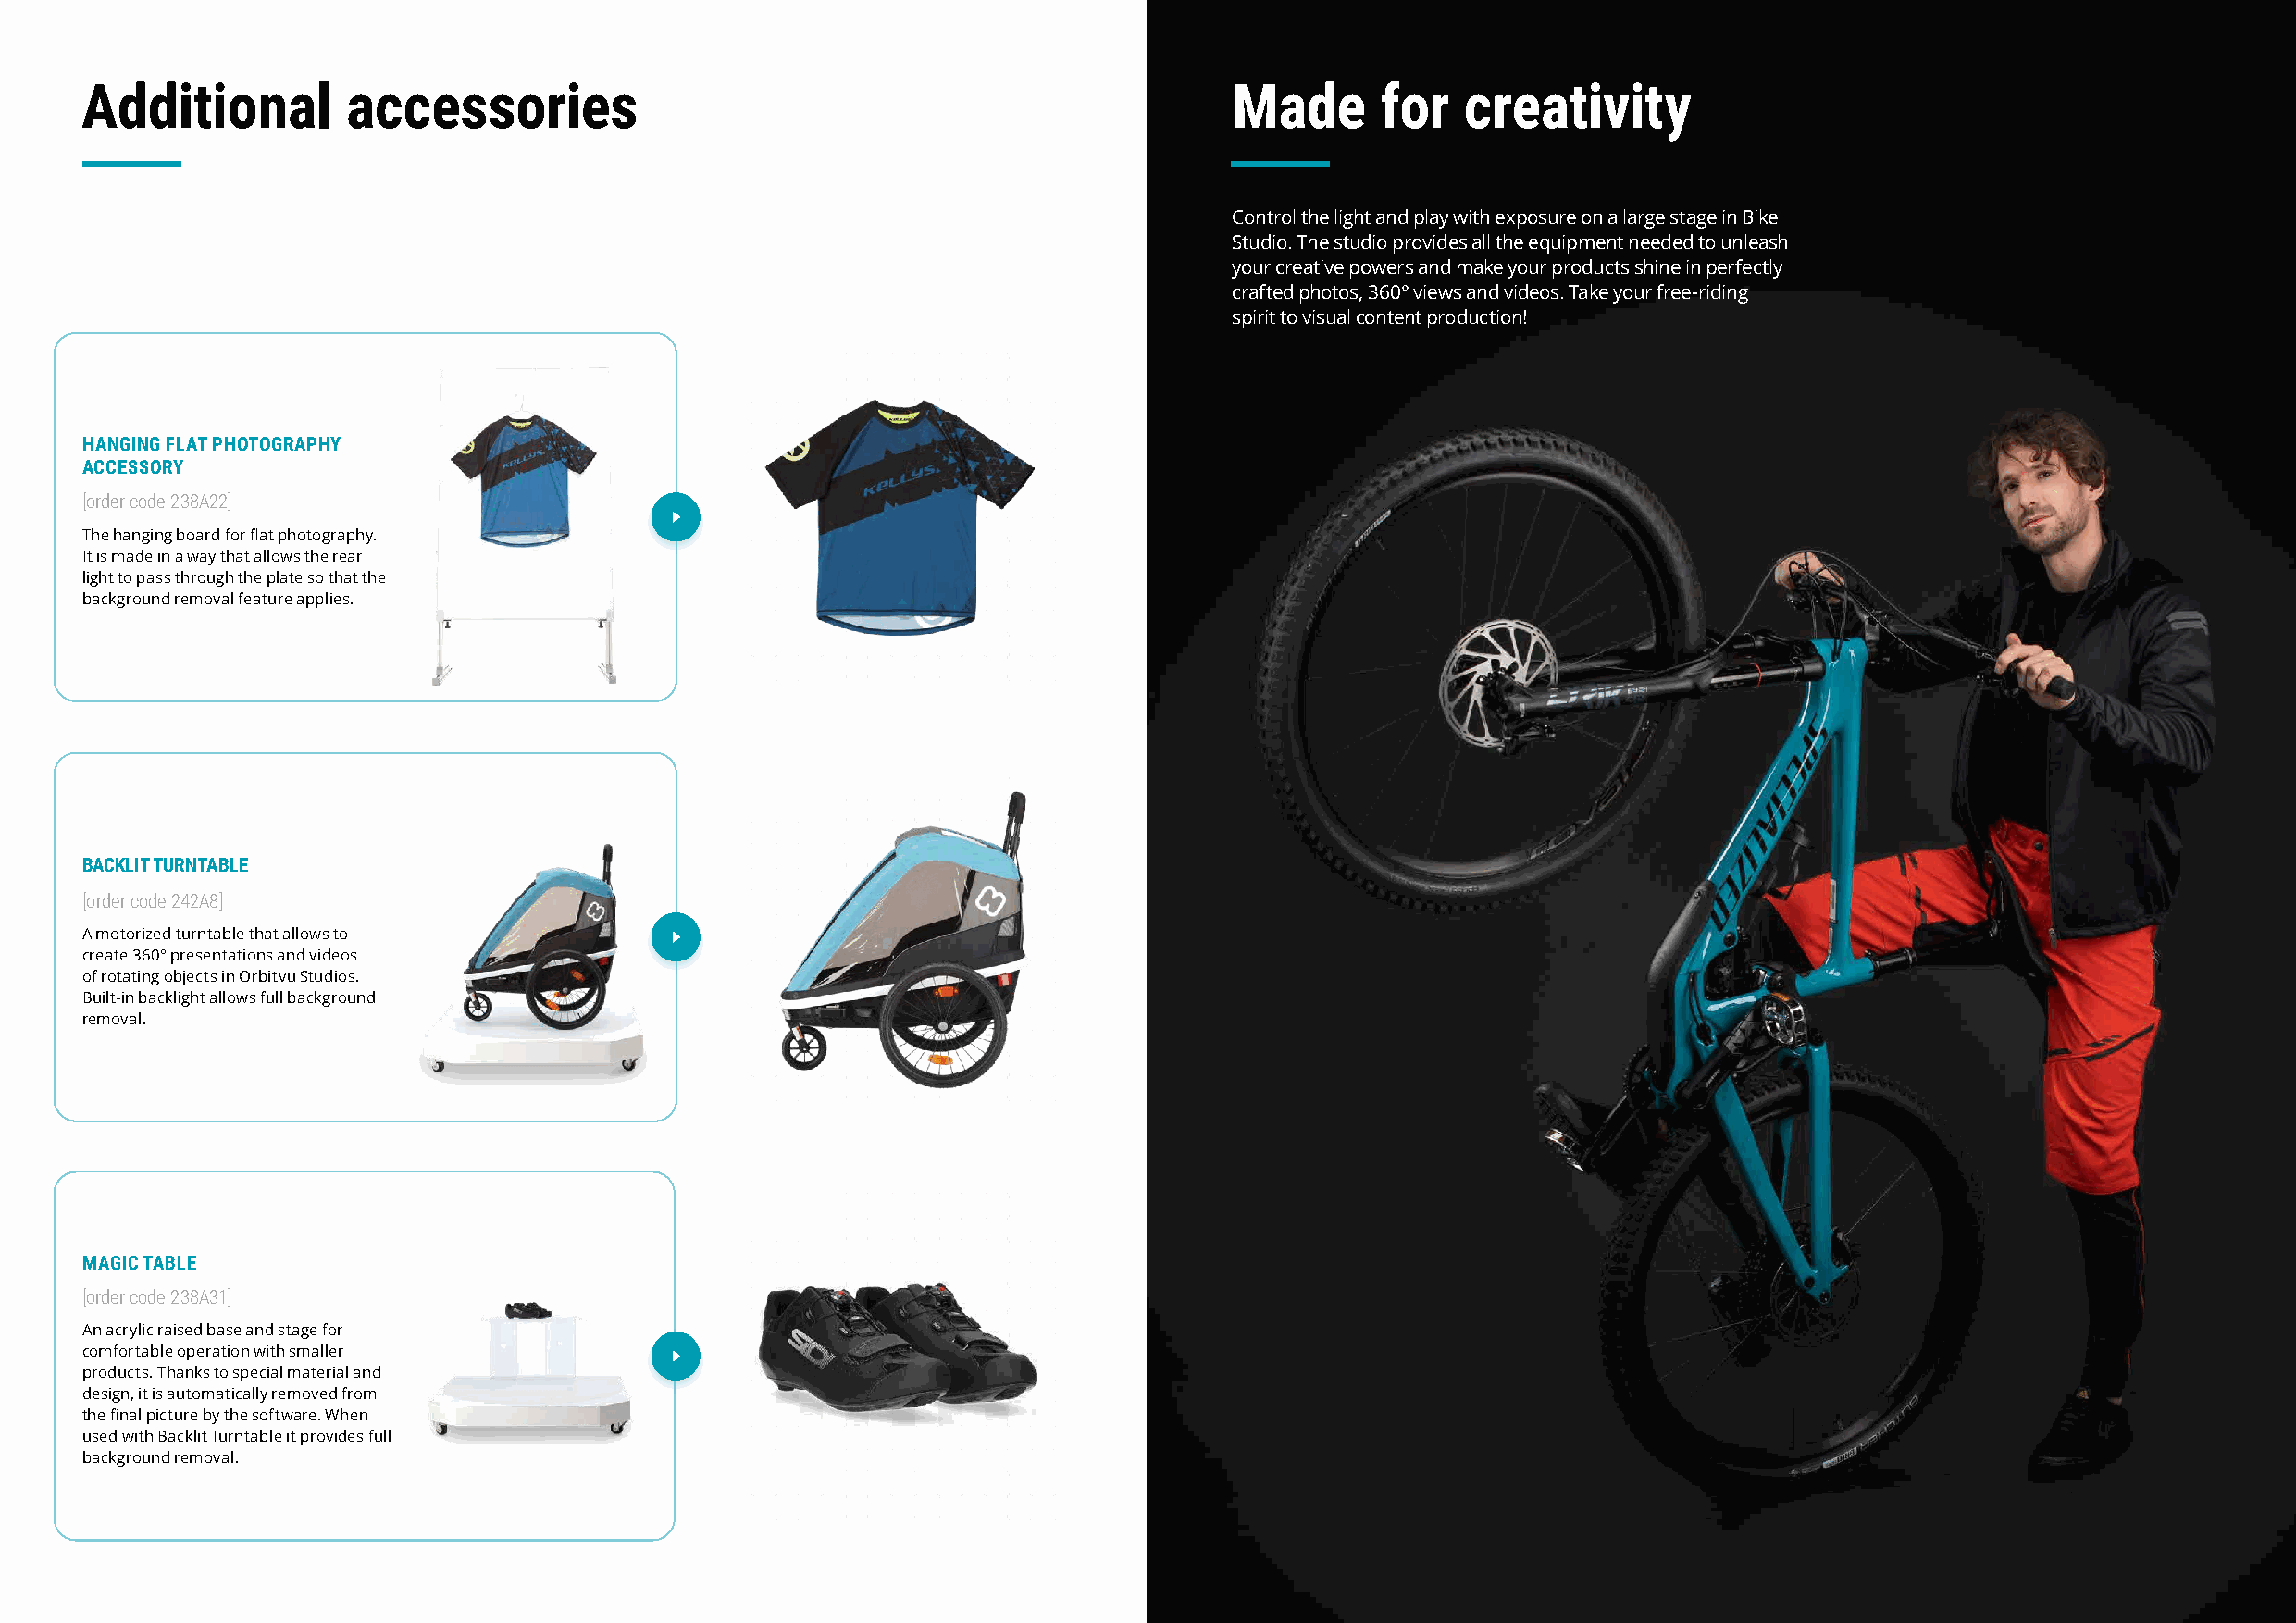
Additional         accessories                                                    Made       for   creativity
 Control the light and play with exposure on a large stage in Bike
 Studio. The studio provides all the equipment needed to unleash
 your creative powers and make your products shine in perfectly
 crafted photos, 360° views and videos. Take your free-riding
 spirit to visual content production!
 HANGING FLAT PHOTOGRAPHY
 ACCESSORY
 [order code 238A22]
 The hanging board for flat photography.
 It is made in a way that allows the rear
 light to pass through the plate so that the
 background removal feature applies.
 BACKLIT TURNTABLE
 [order code 242A8]
 A motorized turntable that allows to
 create 360° presentations and videos
 of rotating objects in Orbitvu Studios.
 Built-in backlight allows full background
 removal.
 MAGIC TABLE
 [order code 238A31]
 An acrylic raised base and stage for
 comfortable operation with smaller
 products. Thanks to special material and
 design, it is automatically removed from
 the final picture by the software. When
 used with Backlit Turntable it provides full
 background removal.